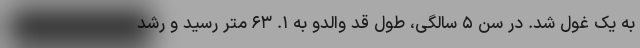
به یک غول شد. در سن ۵ سالگی، طول قد والدو به ۱. ۶۳ متر رسید و رشد